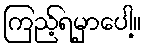
ကြည့်ရမှာပေါ့။